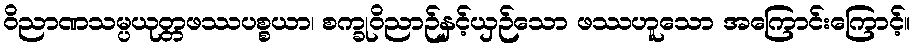
ဝိညာဏသမ္ပယုတ္တဖဿပစ္စယာ၊ စက္ခုဝိညာဉ်နှင့်ယှဉ်သော ဖဿဟူသော အကြောင်းကြောင့်။